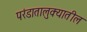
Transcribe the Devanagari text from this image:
परंडातालुक्यातील